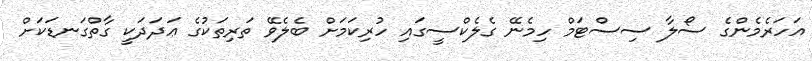
އަހަރެމެންގެ ސޯލާ ސިސްޓަމް ހިމެނޭ ގެލެކްސީގައި ހުރިކަމަށް ބެލެވޭ ތަރިތަކުގެ ޢަދަދަކީ ގާތްގަނޑަކަށް